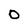
Character: 0